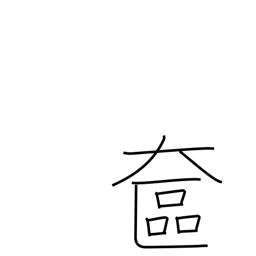
Meaning: lady's vanity case